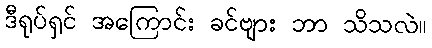
ဒီရုပ်ရှင် အကြောင်း ခင်ဗျား ဘာ သိသလဲ။